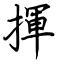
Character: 揮